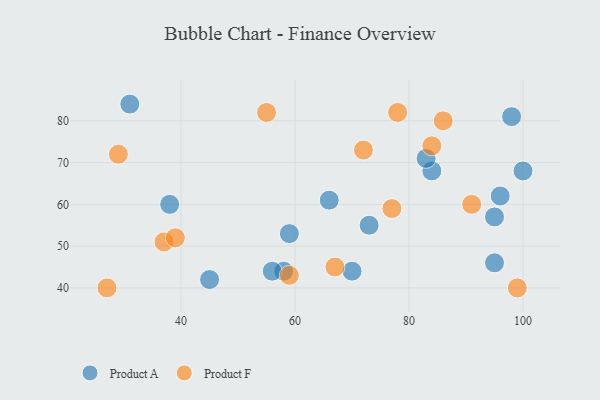
{"axis": {"x": "GDP", "y": "Life Expectancy"}, "legend": ["Product A", "Product F"], "data": [{"x": "98", "y": 81, "type": "Product A"}, {"x": "95", "y": 46, "type": "Product A"}, {"x": "31", "y": 84, "type": "Product A"}, {"x": "59", "y": 53, "type": "Product A"}, {"x": "58", "y": 44, "type": "Product A"}, {"x": "95", "y": 57, "type": "Product A"}, {"x": "56", "y": 44, "type": "Product A"}, {"x": "66", "y": 61, "type": "Product A"}, {"x": "96", "y": 62, "type": "Product A"}, {"x": "100", "y": 68, "type": "Product A"}, {"x": "84", "y": 68, "type": "Product A"}, {"x": "83", "y": 71, "type": "Product A"}, {"x": "73", "y": 55, "type": "Product A"}, {"x": "70", "y": 44, "type": "Product A"}, {"x": "45", "y": 42, "type": "Product A"}, {"x": "38", "y": 60, "type": "Product A"}, {"x": "59", "y": 43, "type": "Product F"}, {"x": "78", "y": 82, "type": "Product F"}, {"x": "37", "y": 51, "type": "Product F"}, {"x": "91", "y": 60, "type": "Product F"}, {"x": "39", "y": 52, "type": "Product F"}, {"x": "29", "y": 72, "type": "Product F"}, {"x": "72", "y": 73, "type": "Product F"}, {"x": "55", "y": 82, "type": "Product F"}, {"x": "77", "y": 59, "type": "Product F"}, {"x": "84", "y": 74, "type": "Product F"}, {"x": "99", "y": 40, "type": "Product F"}, {"x": "86", "y": 80, "type": "Product F"}, {"x": "67", "y": 45, "type": "Product F"}, {"x": "27", "y": 40, "type": "Product F"}]}